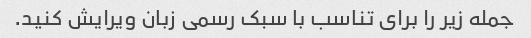
جمله زیر را برای تناسب با سبک رسمی زبان ویرایش کنید.